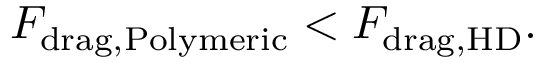
F _ { \mathrm { d r a g , P o l y m e r i c } } < F _ { \mathrm { d r a g , H D } } .